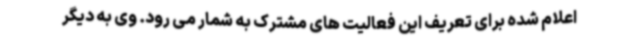
اعلام شده برای تعریف این فعالیت های مشترک به شمار می رود. وی به دیگر